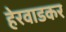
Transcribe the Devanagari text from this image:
हेरवाडकर